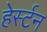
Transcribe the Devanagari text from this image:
हेर्स्टन